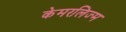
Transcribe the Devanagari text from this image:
केमरलिज्म